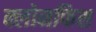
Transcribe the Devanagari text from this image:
क्लोनफिश